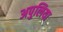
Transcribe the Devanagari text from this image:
अपुलिया